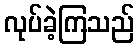
လုပ်ခဲ့ကြသည်